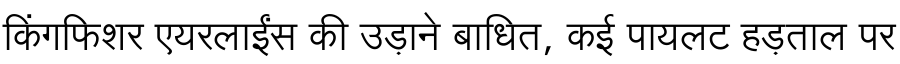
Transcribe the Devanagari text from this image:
किंगफिशर एयरलाईंस की उड़ाने बाधित, कई पायलट हड़ताल पर